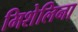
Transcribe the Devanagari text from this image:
मिशेलिना